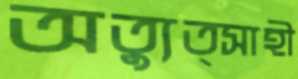
অত্যুত্সাহী